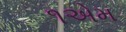
૧એમ